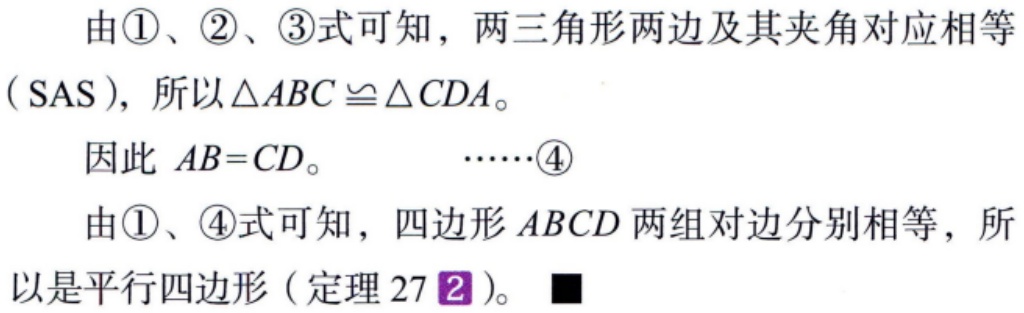
由\textcircled{1}、\textcircled{2}、\textcircled{3}式可知，两三角形两边及其夹角对应相等
（SAS），所以$\triangle ABC \cong \triangle CDA$。
因此 \(AB = CD\)。  ……\textcircled{4}
由\textcircled{1}、\textcircled{4}式可知，四边形 \(ABCD\) 两组对边分别相等，所
以是平行四边形（定理 27\(2\)）。■